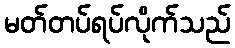
မတ်တပ်ရပ်လိုက်သည်